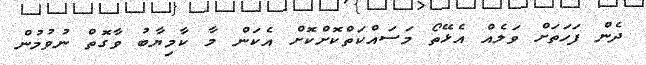
ދެން ފަހަތަށް ވަލެއް އެޅޭތޯ މަސައްކަތްކޮށްކޮށް އެކަން މާ ކާމިޔާބު ވާގޮތް ނުވުމުން